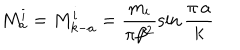
M _ { a } ^ { i } = M _ { k - a } ^ { i } = \frac { m _ { i } } { \pi \beta ^ { 2 } } \sin \frac { \pi \, a } { k }